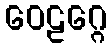
ဝေဠဂ္ဂေ